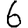
Digit: 6